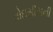
વોઇસીસની